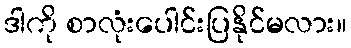
ဒါကို စာလုံးပေါင်းပြနိုင်မလား။